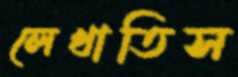
লেখাতিস